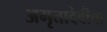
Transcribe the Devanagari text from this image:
अमृतादेवीचा